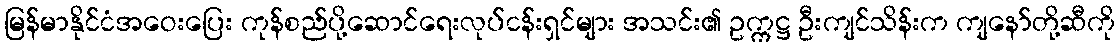
မြန်မာနိုင်ငံအဝေးပြေး ကုန်စည်ပို့ဆောင်ရေးလုပ်ငန်းရှင်များ အသင်း၏ ဥက္ကဋ္ဌ ဦးကျင်သိန်းက ကျနော်တို့ဆီကို